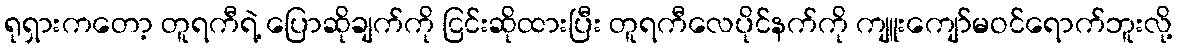
ရုရှားကတော့ တူရကီရဲ့ ပြောဆိုချက်ကို ငြင်းဆိုထားပြီး တူရကီလေပိုင်နက်ကို ကျူးကျော်မဝင်ရောက်ဘူးလို့